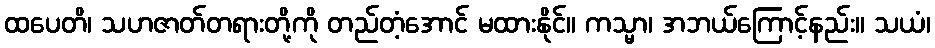
ထပေတိ၊ သဟဇာတ်တရားတို့ကို တည်တံ့အောင် မထားနိုင်။ ကသ္မာ၊ အဘယ်ကြောင့်နည်း။ သယံ၊